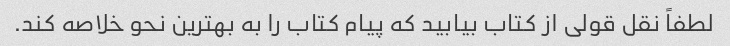
لطفاً نقل قولی از کتاب بیابید که پیام کتاب را به بهترین نحو خلاصه کند.